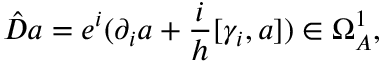
\hat { { \cal { D } } } a = e ^ { i } ( \partial _ { i } a + \frac { i } { h } [ \gamma _ { i } , a ] ) \in \Omega _ { A } ^ { 1 } ,